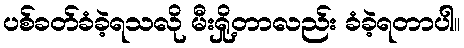
ပစ်ခတ်ခံခဲ့ရသလို မီးရှို့တာလည်း ခံခဲ့ရတာပါ။